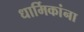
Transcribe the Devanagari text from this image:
धार्मिकांना